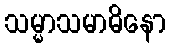
သမ္မာသမာဓိနော